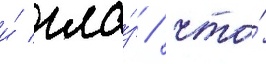
и́ гла́з / что́